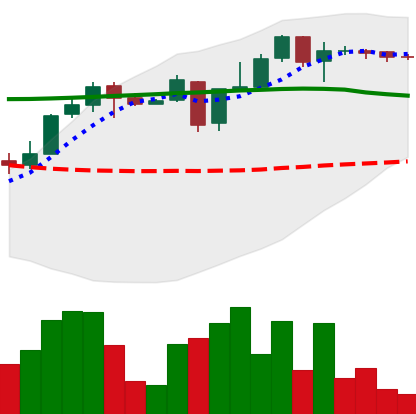
Ticker: XLM-USD
Chart end date: 2018-05-05
Forward return: -17.85%
Label: down_7plus